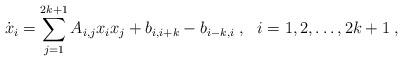
LaTeX: \begin{align*} \dot x_i = \sum_{j=1}^{2k+1} A_{i,j} x_i x_j+b_{i,i+k}-b_{i-k,i}\;, \ \ i=1,2, \dots , 2k+1 \;,\end{align*}